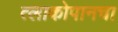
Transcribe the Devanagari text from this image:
त्लाकोपानचा